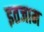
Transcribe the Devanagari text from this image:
इतजाम